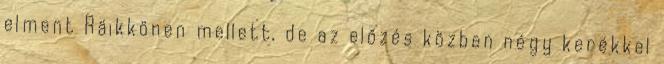
elment Räikkönen mellett, de az előzés közben négy kerékkel